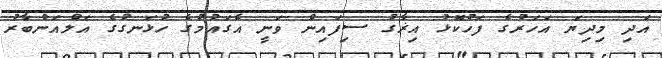
އަދި މިދިޔަ އަހަރުގެ ފަހުކޮޅު އިޜާގު ސިފައިން ވަނީ އެގައުމުގެ ހުޅަނގުގެ އަލްއަންބާރު